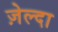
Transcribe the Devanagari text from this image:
ज़ेल्दा